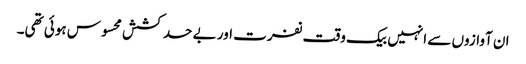
ان آوازوں سے انہیں بیک وقت نفرت اور بے حد کشش محسوس ہوئی تھی۔